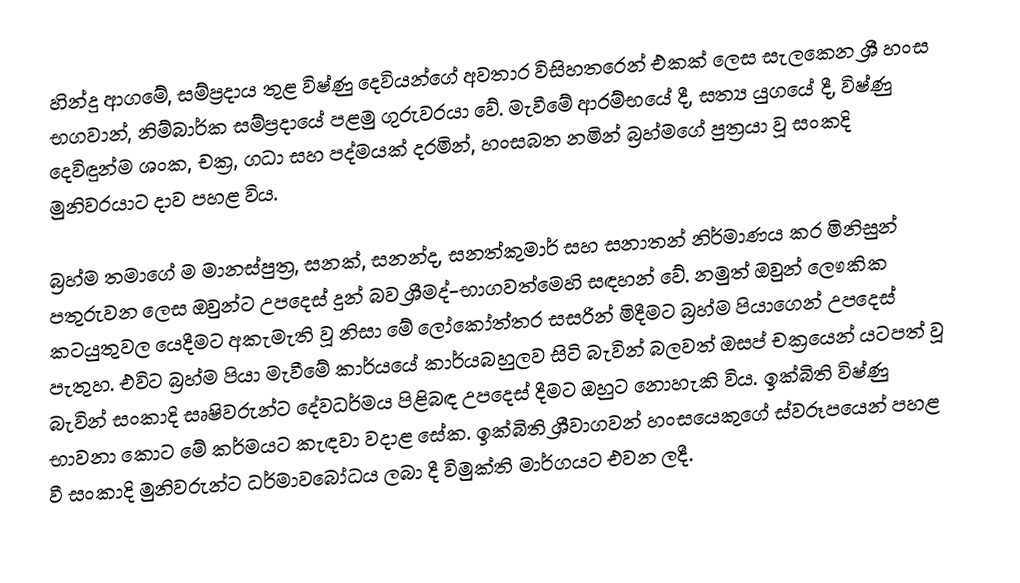
හින්දු ආගමේ, සම්ප්‍රදාය තුළ විෂ්ණු දෙවියන්ගේ අවතාර විසිහතරෙන් එකක් ලෙස සැලකෙන ශ්‍රී හංස භගවාන්, නිම්බාර්ක සම්ප්‍රදායේ පළමු ගුරුවරයා වේ. මැවීමේ ආරම්භයේ දී, සත්‍ය යුගයේ දී, විෂ්ණු දෙවිඳුන්ම ශංක, චක්‍ර, ගධා සහ පද්මයක් දරමින්, හංසබත නමින් බ්‍රහ්මගේ පුත්‍රයා වූ සංකදි මුනිවරයාට දාව පහළ විය.

බ්‍රහ්ම තමාගේ ම මානස්පුත්‍ර, සනක්, සනන්ද, සනත්කුමාර් සහ සනාතන් නිර්මාණය කර මිනිසුන් පතුරුවන ලෙස ඔවුන්ට උපදෙස් දුන් බව ශ්‍රීමද්-භාගවත්මෙහි සඳහන් වේ. නමුත් ඔවුන් ලෞකික කටයුතුවල යෙදීමට අකැමැති වූ නිසා මේ ලෝකෝත්තර සසරින් මිදීමට බ්‍රහ්ම පියාගෙන් උපදෙස් පැතුහ. එවිට බ්‍රහ්ම පියා මැවීමේ කාර්යයේ කාර්යබහුලව සිටි බැවින් බලවත් ඔසප් චක්‍රයෙන් යටපත් වූ බැවින් සංකාදි සෘෂිවරුන්ට දේවධර්මය පිළිබඳ උපදෙස් දීමට ඔහුට නොහැකි විය. ඉක්බිති විෂ්ණු භාවනා කොට මේ කර්මයට කැඳවා වදාළ සේක. ඉක්බිති ශ්‍රීවාගවන් හංසයෙකුගේ ස්වරූපයෙන් පහළ වී සංකාදි මුනිවරුන්ට ධර්මාවබෝධය ලබා දී විමුක්ති මාර්ගයට එවන ලදී.